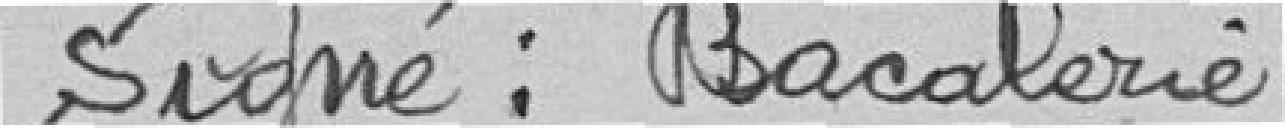
Signé : Bacalerie